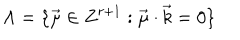
LaTeX: \Lambda = \{ \overrightarrow { \mu } \in Z ^ { r + 1 } : \overrightarrow { \mu } \cdot \overrightarrow { k } = 0 \}